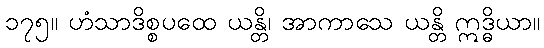
၁၇၅။ ဟံသာဒိစ္စပထေ ယန္တိ၊ အာကာသေ ယန္တိ ဣဒ္ဓိယာ။